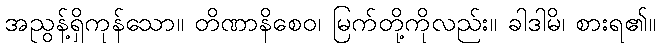
အညွန့်ရှိကုန်သော။ တိဏာနိစေဝ၊ မြက်တို့ကိုလည်း။ ခါဒါမိ၊ စားရ၏။